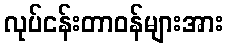
လုပ်ငန်းတာဝန်များအား